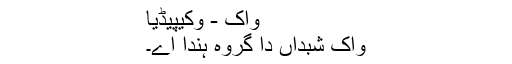
واک - وکیپیڈیا
واک شبداں دا گروہ ہندا اے۔